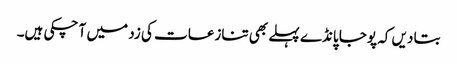
بتا دیں کہ پوجا پانڈے پہلے بھی تنازعات کی زد میں آ چکی ہیں۔